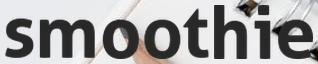
smoothie